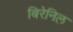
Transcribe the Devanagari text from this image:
बिरेनिल